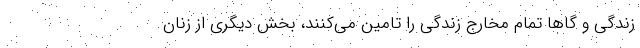
زندگی و گاها تمام مخارج زندگی را تامین می‌کنند، بخش دیگری از زنان